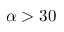
\alpha > 3 0